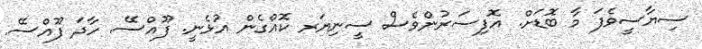
ސިޔާސީވެފަ މާ ބޮޑަށް. އޮފިސަރުންވެސް ސީނިޔަރ ކޮއްގެން އުޅެނީ. ފޫއްސޭ. ހާދަ ފޫއްސޭ.